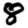
Digit: 8